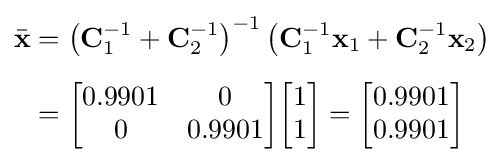
{\begin{aligned}{\bar {\mathbf {x} }}&=\left(\mathbf {C} _{1}^{-1}+\mathbf {C} _{2}^{-1}\right)^{-1}\left(\mathbf {C} _{1}^{-1}\mathbf {x} _{1}+\mathbf {C} _{2}^{-1}\mathbf {x} _{2}\right)\\[5pt]&={\begin{bmatrix}0.9901&0\\0&0.9901\end{bmatrix}}{\begin{bmatrix}1\\1\end{bmatrix}}={\begin{bmatrix}0.9901\\0.9901\end{bmatrix}}\end{aligned}}